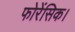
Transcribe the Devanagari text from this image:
फोरेंसिक।